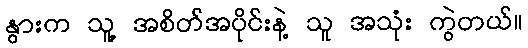
နွားက သူ့ အစိတ်အပိုင်းနဲ့ သူ အသုံး ကွဲတယ်။